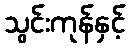
သွင်းကုန်နှင့်